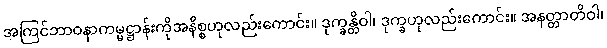
အကြင်ဘာဝနာကမ္မဋ္ဌာန်းကိုအနိစ္စဟုလည်းကောင်း။ ဒုက္ခန္တိဝါ၊ ဒုက္ခဟုလည်းကောင်း။ အနတ္တာတိဝါ၊